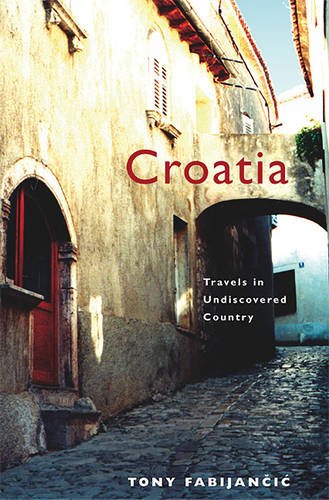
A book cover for Croatia: Travels in Undiscovered Country; Tony Fabijancic; Travel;